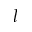
l